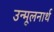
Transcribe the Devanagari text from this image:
उन्मूलनार्थ